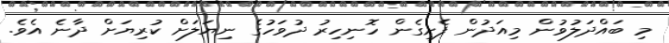
މި ބައްދަލުވުން މިއަދުން ފެށިގެން ހޮނިހިރު ދުވަހުގެ ނިޔަލަށް ކުރިޔަށް ދާނެ އެވެ.